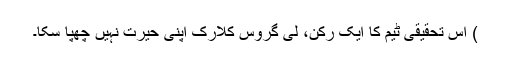
) اس تحقیقی ٹیم کا ایک رکن، لی گروس کلارک اپنی حیرت نہیں چھپا سکا۔